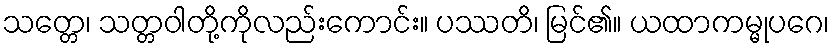
သတ္တေ၊ သတ္တဝါတို့ကိုလည်းကောင်း။ ပဿတိ၊ မြင်၏။ ယထာကမ္မုပဂေ၊